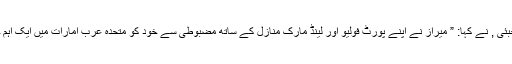
میراز کے گروپ چئر مین عبداللہ الحبئی , نے کہا: ” میراز نے اپنے پورٹ فولیو اور لینڈ مارک منازل کے ساتھ مضبوطی سے خود کو متحدہ عرب امارات میں ایک اہم جدت طراز کے طور پر قائم کیا ہے۔